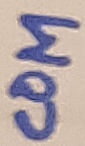
Text: COM